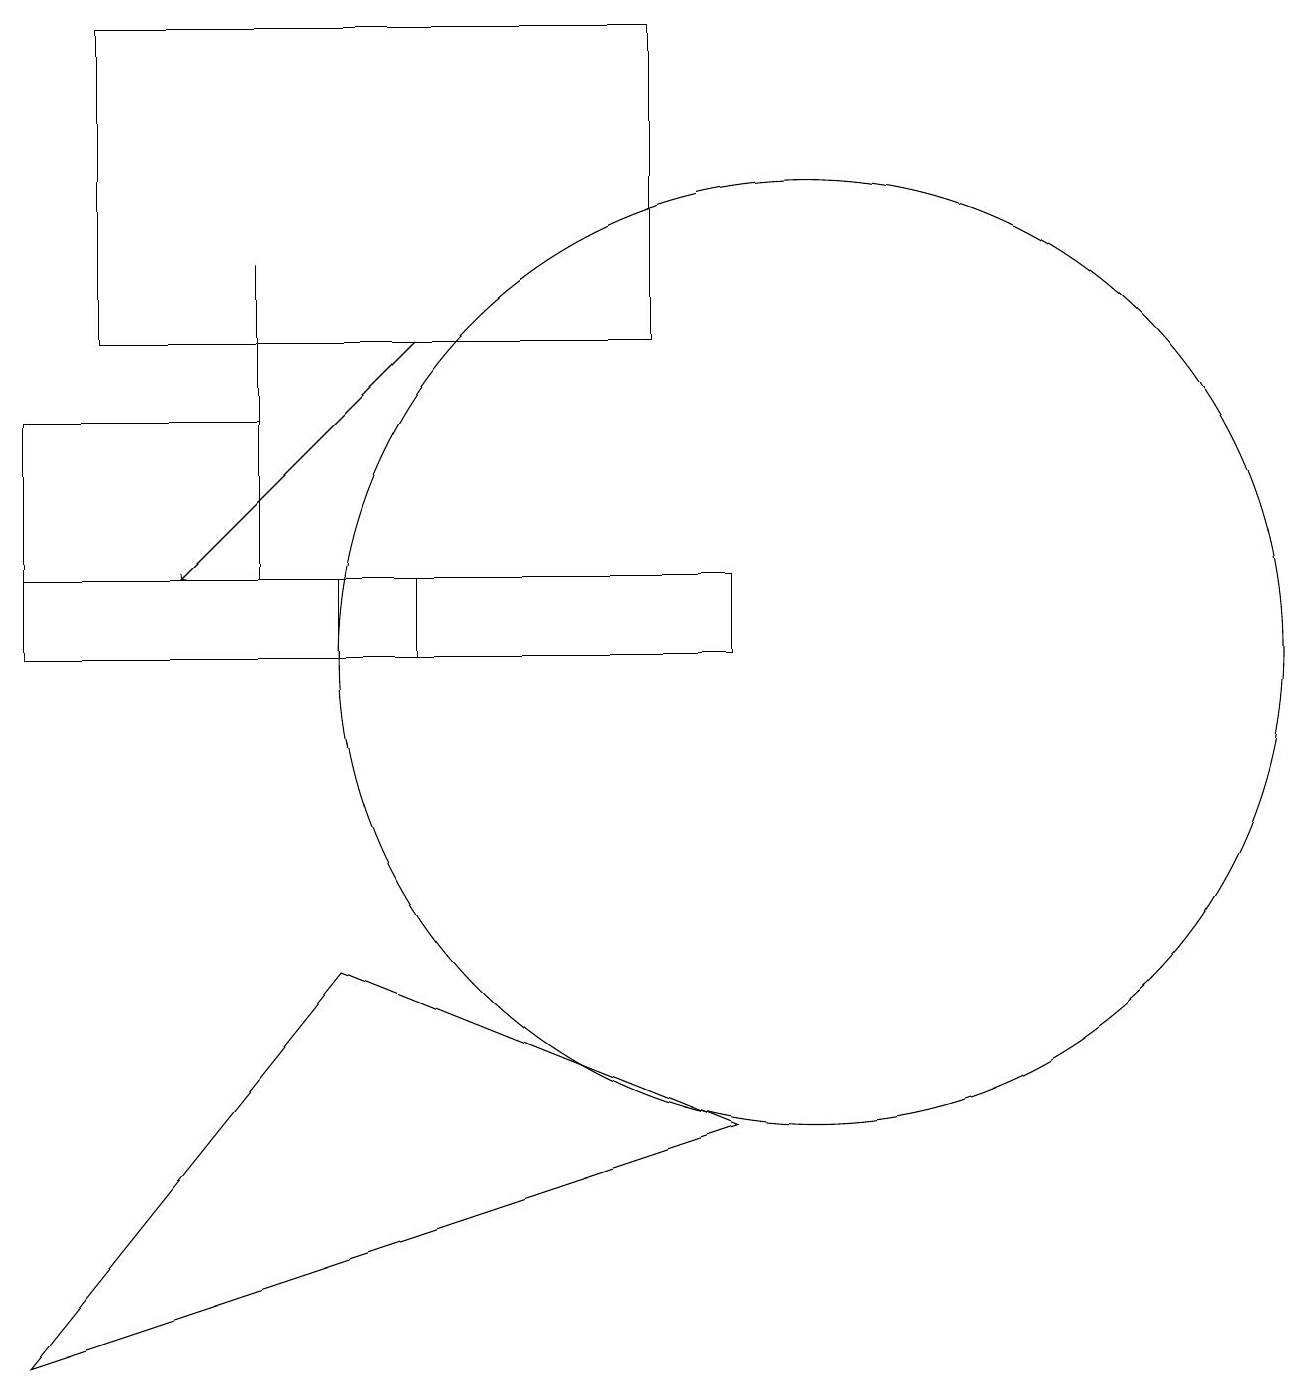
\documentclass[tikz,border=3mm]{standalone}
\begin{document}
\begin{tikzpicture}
\draw[->] (5,15) -- (2,12);
\draw (5,11) rectangle (0,12);
\draw (0,12) rectangle (3,14);
\draw (4,7) -- (9,5) -- (0,2) -- cycle;
\draw (9,12) rectangle (4,11);
\draw (10,11) circle (6);
\draw (3,16) rectangle (3,13);
\draw (8,19) rectangle (1,15);
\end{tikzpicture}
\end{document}